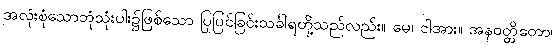
အလုံးစုံသောဘုံသုံးပါး၌ဖြစ်သော ပြုပြင်ခြင်းသင်္ခါရတို့သည်လည်း။ မေ၊ ငါအား။ အနဝတ္တိတော၊